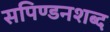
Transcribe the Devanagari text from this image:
सपिण्डनशब्द